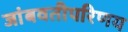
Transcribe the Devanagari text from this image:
जांबवतीपरिणय